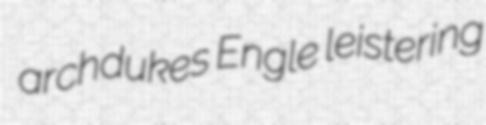
archdukes Engle leistering